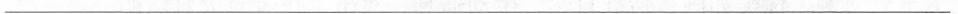
___